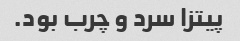
پیتزا سرد و چرب بود.